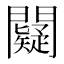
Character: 𨷞